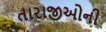
તારાજીઓની